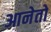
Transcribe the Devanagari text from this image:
आनेतो